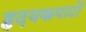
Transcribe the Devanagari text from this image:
हृदयकपाटों